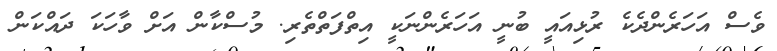
ވެސް އަހަރެންދެކެ ރުޅިއައީ ބުނީ އަހަރެންނަކީ އިތްފަތްތެރި. މުސްކާން އަށް ވާހަކަ ދައްކަން